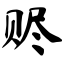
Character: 赆